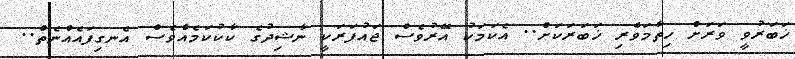
ޚަބަރުވީ ވަރަށް ހިތާމަވެރި ޚަަބަރަކަށް.. އެކަމަކު އޭރުވެސް ޖައުފަރަކީ ނާޝިދުގެ ކާކުކަމެއްވެސް އެނގިފައެއްނެތް..